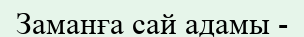
Заманға сай адамы -